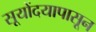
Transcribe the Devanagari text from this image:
सूयोंदयापासून